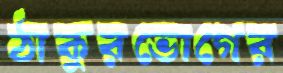
ঠাকুরভোগের